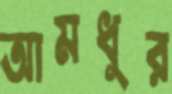
আমধুর